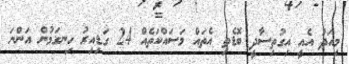
މިއަދު އެއީ އިގުތިސާދީ ބޮޑެތި އެތައް މަސައްކަތެއް 24 ގަޑިއިރު ހިނގަމުން އަންނަ